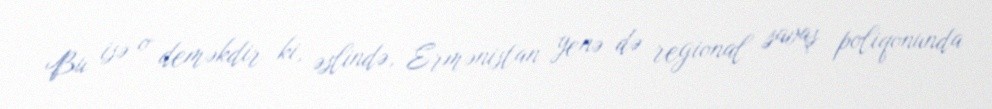
Bu isə o deməkdir ki, əslində, Ermənistan yenə də regional savaş poliqonunda